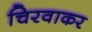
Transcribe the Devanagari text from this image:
चिरवाकर